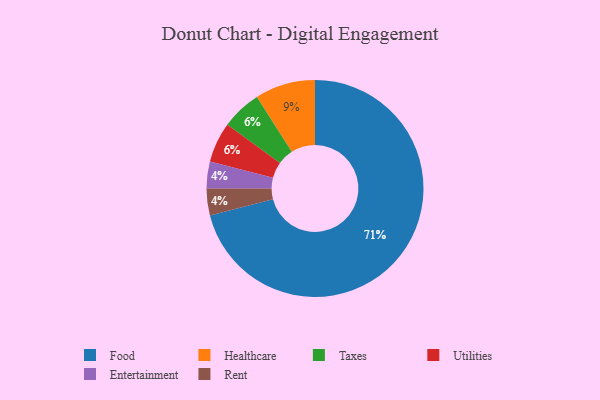
{"axis": {"x": "Category", "y": "Percentage"}, "legend": ["Entertainment", "Food", "Healthcare", "Rent", "Taxes", "Utilities"], "data": [{"x": "Taxes", "y": 6, "type": "Taxes"}, {"x": "Utilities", "y": 6, "type": "Utilities"}, {"x": "Entertainment", "y": 4, "type": "Entertainment"}, {"x": "Food", "y": 71, "type": "Food"}, {"x": "Healthcare", "y": 9, "type": "Healthcare"}, {"x": "Rent", "y": 4, "type": "Rent"}]}